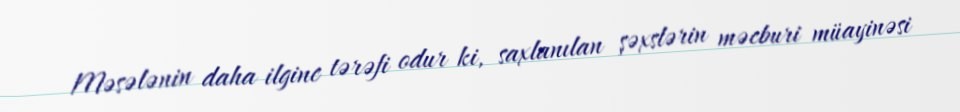
Məsələnin daha ilginc tərəfi odur ki, saxlanılan şəxslərin məcburi müayinəsi